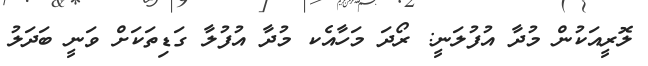
ލޮރީއަކުން މުދާ އުފުލަނީ: ރޯދަ މަހާއެކ މުދާ އުފުލާ ގަޑިތަކަށް ވަނީ ބަދަލު